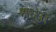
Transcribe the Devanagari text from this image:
श्रध्धा